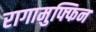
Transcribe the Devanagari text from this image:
रागामुफ्फिन